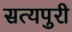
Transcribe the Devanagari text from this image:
सत्यपुरी